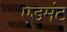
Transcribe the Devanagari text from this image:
एडमंट